画像に写った文字を読んでください
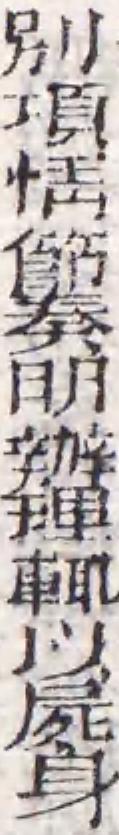
「別項情節奏明辦理輒以屍身」と書いてあります